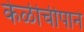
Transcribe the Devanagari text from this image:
केळीचीपाने